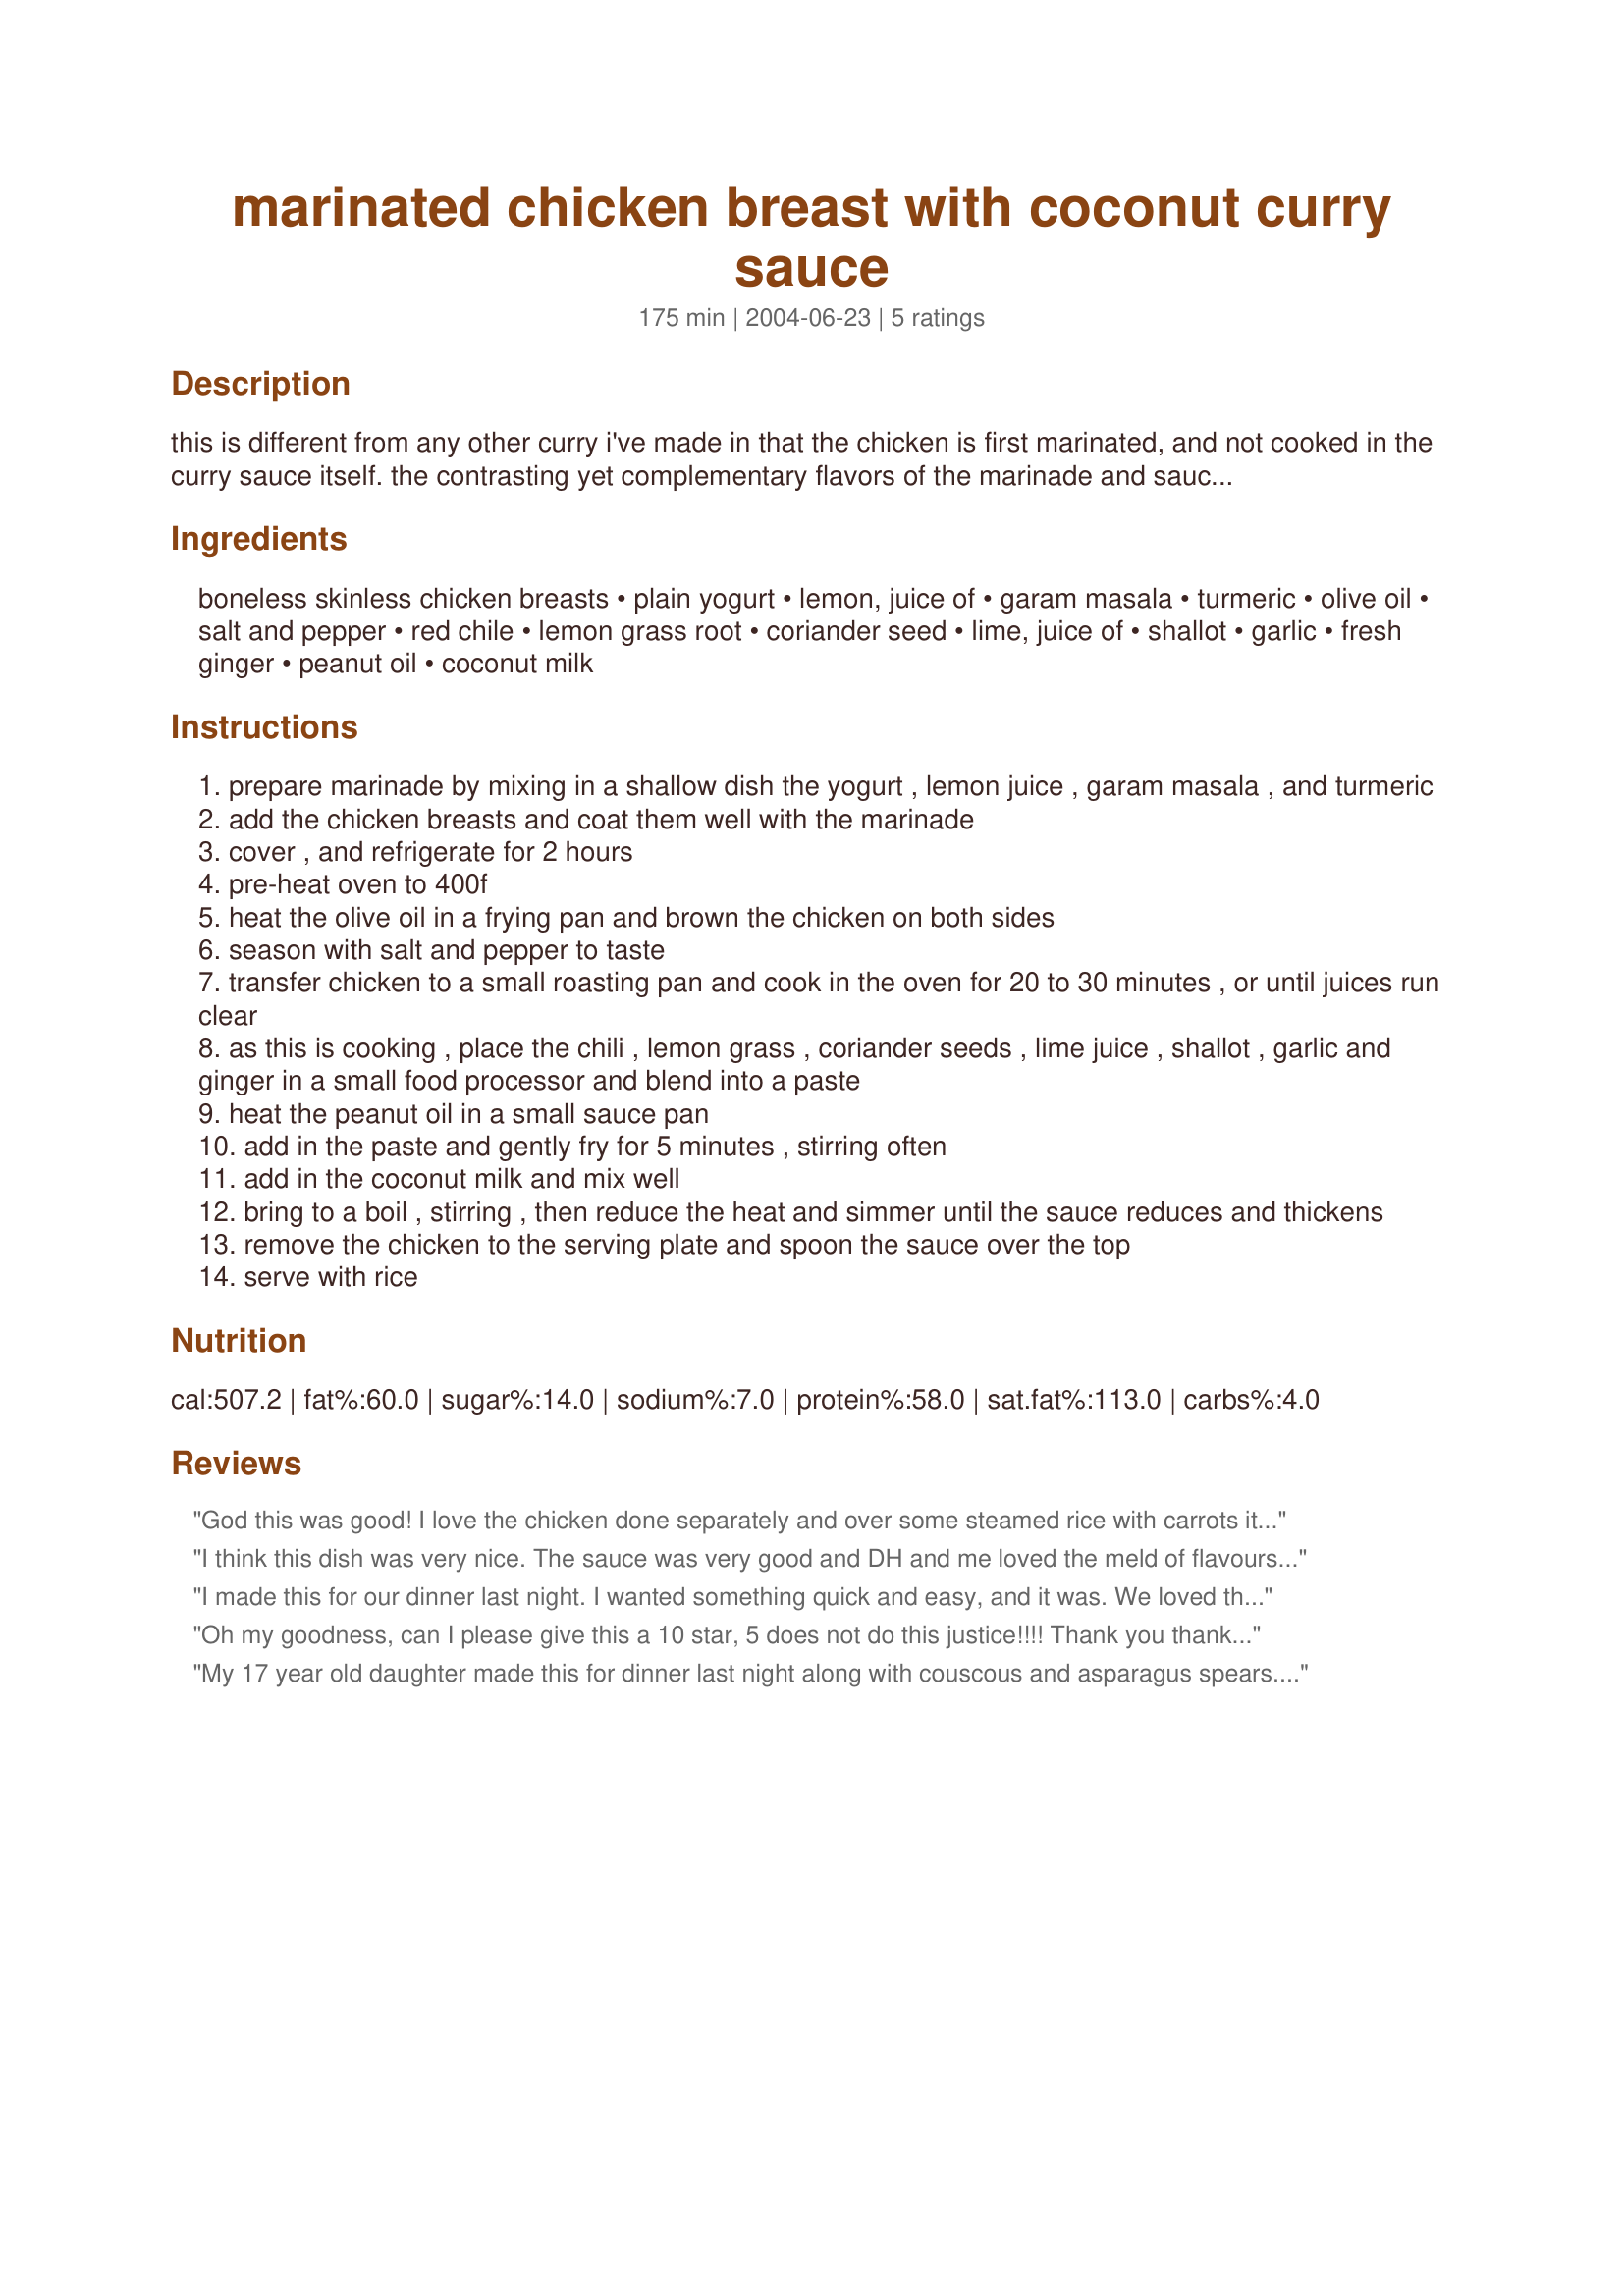
marinated chicken breast with coconut curry sauce
Preparation time: 175 minutes

this is different from any other curry i've made in that the chicken is first marinated, and not cooked in the curry sauce itself. the contrasting yet complementary flavors of the marinade and sauce make for an unusual and attractive dish. this pairs especially well with the

Ingredients:
boneless skinless chicken breasts, plain yogurt, lemon, juice of, garam masala, turmeric, olive oil, salt and pepper, red chile, lemon grass root, coriander seed, lime, juice of, shallot, garlic, fresh ginger, peanut oil, coconut milk

Steps:
prepare marinade by mixing in a shallow dish the yogurt , lemon juice , garam masala , and turmeric
add the chicken breasts and coat them well with the marinade
cover , and refrigerate for 2 hours
pre-heat oven to 400f
heat the olive oil in a frying pan and brown the chicken on both sides
season with salt and pepper to taste
transfer chicken to a small roasting pan and cook in the oven for 20 to 30 minutes , or until juices run clear
as this is cooking , place the chili , lemon grass , coriander seeds , lime juice , shallot , garlic and ginger in a small food processor and blend into a paste
heat the peanut oil in a small sauce pan
add in the paste and gently fry for 5 minutes , stirring often
add in the coconut milk and mix well
bring to a boil , stirring , then reduce the heat and simmer until the sauce reduces and thickens
remove the chicken to the serving plate and spoon the sauce over the top
serve with rice

Reviews:
God this was good! I love the chicken done separately and over some steamed rice with carrots it was perfect! It even looks better on a plate than a traditional curry chicken dish does. Whenever we are in the mood for a curry I think this will be "the one".
I think this dish was very nice. The sauce was very good and DH and me loved the meld of flavours and the tartness. A combo of Indian and Thai and then baked too is my type of cuisine so bring it on FM. You will find a very eager taker in me. I did add a little cilantro chopped for garnish and a little jaggery to the sauce. Served over rice and a salad and we were sorted out. Thank you! :D Fay
I made this for our dinner last night. I wanted something quick and easy, and it was. We loved the marinated chicken, but were not so fond of the sauce. It was a little bitter for some reason, and I had to add some brown sugar to it too reduce the tartness. That was good, because the chicken was already quite tart from the marinade. I would make this again as a summer BBQ dish, but not make the sauce.
Oh my goodness, can I please give this a 10 star, 5 does not do this justice!!!! Thank you thank you so much, my sister has taken this recipe, I brought left overs for lunch today and two colleagues tried this and they two have taken this recipe. Definitely double the sauce, I am so glad I did, I can't believe how good this is, have I said thank you yet!!!!
My 17 year old daughter made this for dinner last night along with couscous and asparagus spears. It was fantastic! We had plenty of sauce for not only the chicken but for the couscous as well. We couldn't find the lemon grass root, but she had everything else in there. The flavor was amazing and it really wasn't all that complicated to make. This is a definite make-again!
